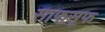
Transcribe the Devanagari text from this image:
साफसूफ